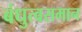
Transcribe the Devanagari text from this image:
बंधुत्वसमान